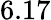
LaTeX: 6.17